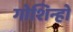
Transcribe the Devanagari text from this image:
गोशिन्हो